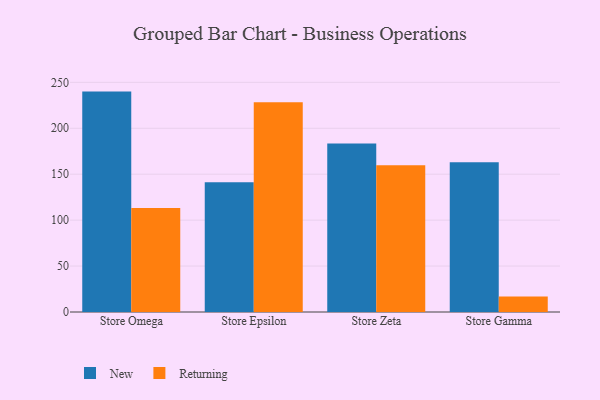
{"axis": {"x": "Store", "y": "Churn Rate (%)"}, "legend": ["New", "Returning"], "data": [{"x": "Store Omega", "y": 239.9, "type": "New"}, {"x": "Store Omega", "y": 113.1, "type": "Returning"}, {"x": "Store Epsilon", "y": 141.2, "type": "New"}, {"x": "Store Epsilon", "y": 228.2, "type": "Returning"}, {"x": "Store Zeta", "y": 183.3, "type": "New"}, {"x": "Store Zeta", "y": 159.7, "type": "Returning"}, {"x": "Store Gamma", "y": 162.9, "type": "New"}, {"x": "Store Gamma", "y": 17.0, "type": "Returning"}]}